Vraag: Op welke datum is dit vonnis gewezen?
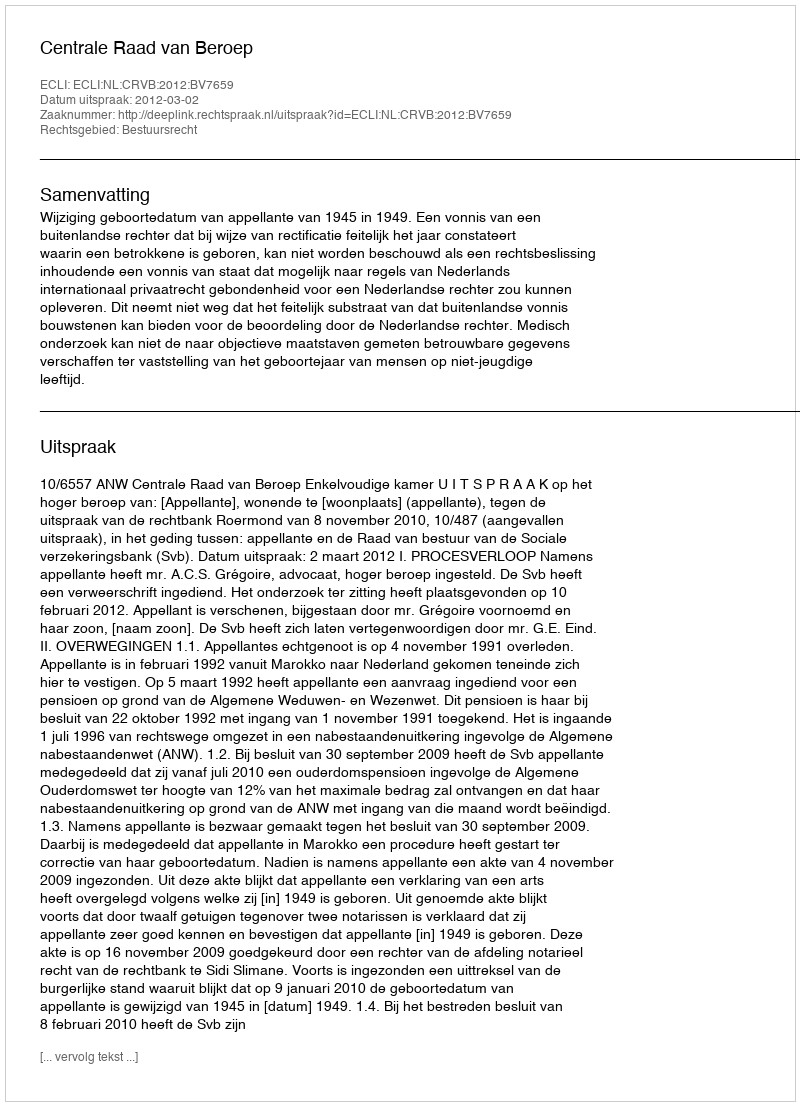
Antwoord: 2012-03-02